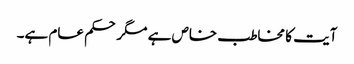
آیت کا مخاطب خاص ہے مگر حکم عام ہے۔